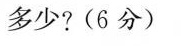
多少?(6分)